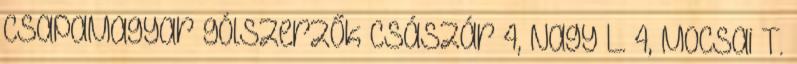
csapaMagyar gólszerzők Császár 4, Nagy L. 4, Mocsai T.